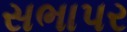
સભાપર